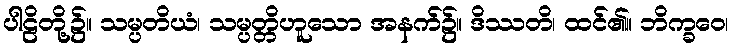
ပါဠိတို့၌။ သမ္ပတိယံ၊ သမ္ပတ္တိဟူသော အနက်၌။ ဒိဿတိ၊ ထင်၏။ ဘိက္ခဝေ၊